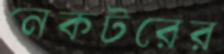
নেকটরের